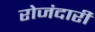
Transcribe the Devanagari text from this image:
रोजंदारी